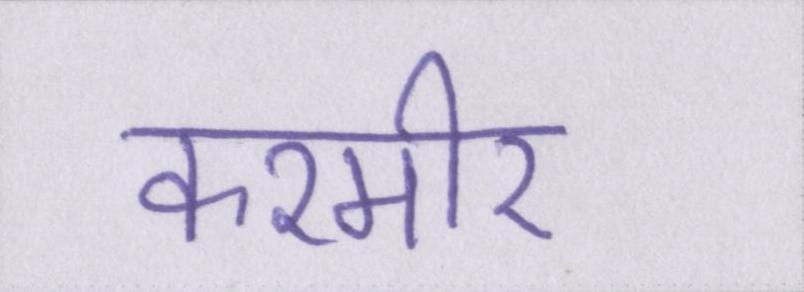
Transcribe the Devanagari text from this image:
कश्मीर